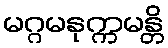
မဂ္ဂမနုက္ကမန္တိ